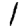
Digit: 1